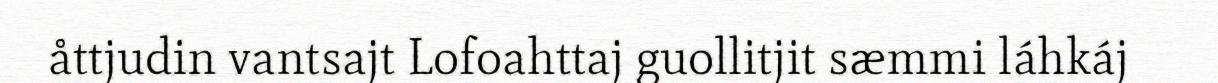
åttjudin vantsajt Lofoahttaj guollitjit sæmmi láhkáj